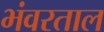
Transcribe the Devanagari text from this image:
भंवरताल